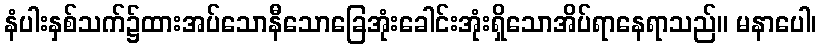
နံပါးနှစ်သက်၌ထားအပ်သောနီသောခြေအုံးခေါင်းအုံးရှိသောအိပ်ရာနေရာသည်။ မနာပေါ၊